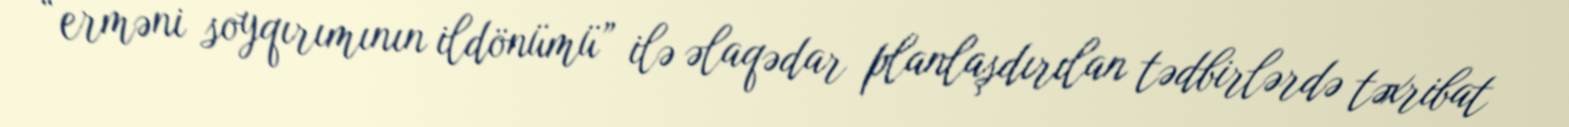
“erməni soyqırımının ildönümü” ilə əlaqədar planlaşdırılan tədbirlərdə təxribat